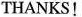
THANKS!